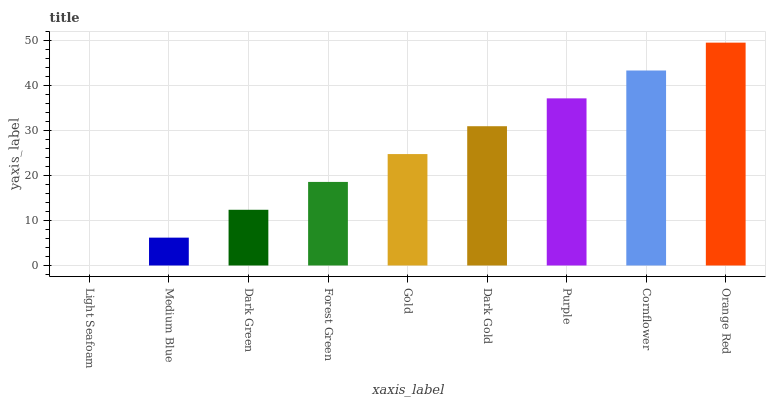
| xaxis_label | bars |
 | --- | --- |
 | Light Seafoam | 0 |
 | Medium Blue | 6.19 |
 | Dark Green | 12.4 |
 | Forest Green | 18.6 |
 | Gold | 24.8 |
 | Dark Gold | 31 |
 | Purple | 37.2 |
 | Cornflower | 43.4 |
 | Orange Red | 49.6 |